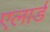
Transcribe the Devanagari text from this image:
एलार्ड